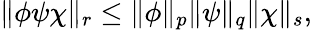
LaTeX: \| \phi\psi\chi\| _{r}\leq\| \phi\| _{p}\| \psi\| _{q}\| \chi\| _{s},